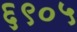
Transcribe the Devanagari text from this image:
६९०५